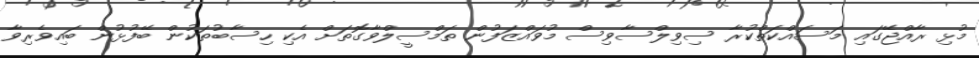
މުޅި ރާއްޖޭގައި މަސައްކަތްކުރާ ސިވިލްސާވިސް މުވައްޒަފުން ތަމްސީލްވާގޮތަށް އެކި ހިސާބުތަކުން ބޭފުޅުން ބައިވެރިވާ